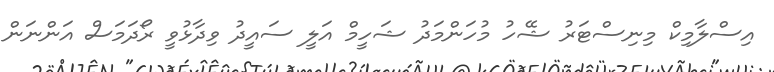
އިސްލާމިކް މިނިސްޓަރު ޝޭހު މުހަންމަދު ޝަހީމް އަލީ ސައީދު ވިދާޅުވީ ރޯދަމަސް އަންނަން